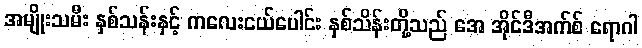
အမျိုးသမီး နှစ်သန်းနှင့် ကလေးငယ်ပေါင်း နှစ်သိန်းတို့သည် အေ အိုင်ဒီအက်စ် ရောဂါ